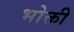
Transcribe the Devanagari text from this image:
भोक्ती